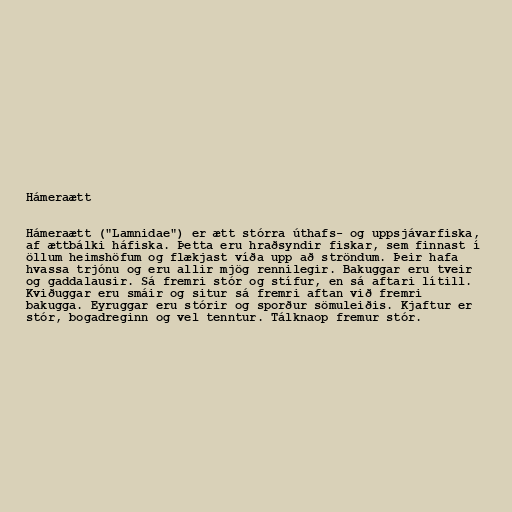
Hámeraætt

Hámeraætt ("Lamnidae") er ætt stórra úthafs- og uppsjávarfiska,
af ættbálki háfiska. Þetta eru hraðsyndir fiskar, sem finnast í
öllum heimshöfum og flækjast víða upp að ströndum. Þeir hafa
hvassa trjónu og eru allir mjög rennilegir. Bakuggar eru tveir
og gaddalausir. Sá fremri stór og stífur, en sá aftari lítill.
Kviðuggar eru smáir og situr sá fremri aftan við fremri
bakugga. Eyruggar eru stórir og sporður sömuleiðis. Kjaftur er
stór, bogadreginn og vel tenntur. Tálknaop fremur stór.